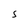
Character: S